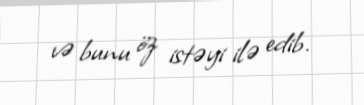
və bunu öz istəyi ilə edib.